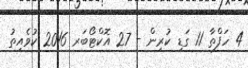
4 ހަފްތާ 11 ގަޑި ކުރިން - 27 އޮކްޓޯބަރ 2016 ކުވެއިތު